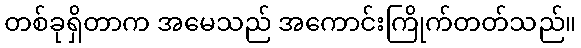
တစ်ခုရှိတာက အမေသည် အကောင်းကြိုက်တတ်သည်။